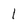
Character: 1